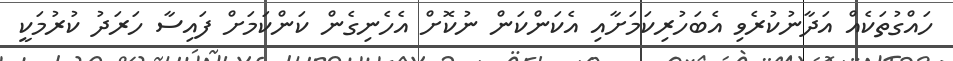
ހައްގުތަކެއް އަދާނުކުރެވި އެބަހުރިކަމަށާއި އެކަންކަން ނުކޮށް އެހެނިގެން ކަންކަމަށް ފައިސާ ހަރަދު ކުރުމަކީ